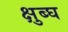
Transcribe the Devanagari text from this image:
क्षुब्घ